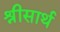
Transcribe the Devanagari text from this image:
श्रीसार्थ